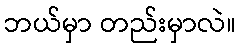
ဘယ်မှာ တည်းမှာလဲ။